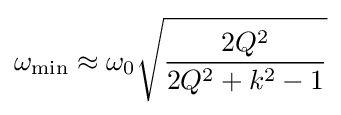
\omega _{\text{min}}\approx \omega _{0}{\sqrt {\frac {2Q^{2}}{2Q^{2}+k^{2}-1}}}